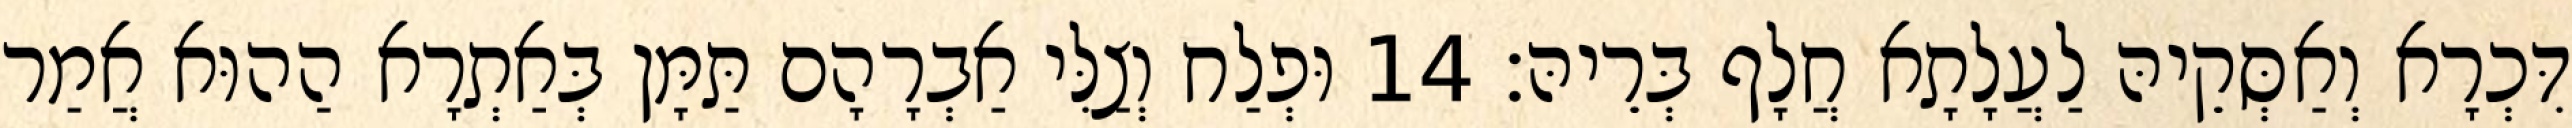
דִּכְרָא וְאַסְּקֵיהּ לַעֲלָתָא חֲלָף בְּרֵיהּ׃ 14 וּפְלַח וְצַלִּי אַבְרָהָם תַּמָּן בְּאַתְרָא הַהוּא אֲמַר